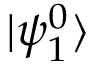
| \psi _ { 1 } ^ { 0 } \rangle